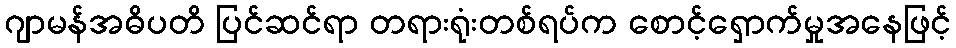
ဂျာမန်အဓိပတိ ပြင်ဆင်ရာ တရားရုံးတစ်ရပ်က စောင့်ရှောက်မှုအနေဖြင့်